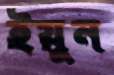
ইয়ুন